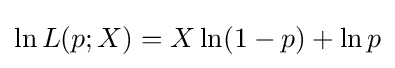
\ln L(p;X)=X\ln(1-p)+\ln p